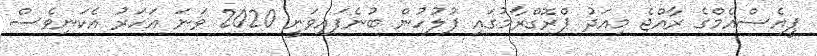
ޕީއެސްއެމްގެ ރާއްޖެ މިއަދު ޕްރޮގްރާމުގައި ފުލުހުން ބުނެފައިވަނީ 2020 ވަނަ އަހަރު އެކަނިވެސް